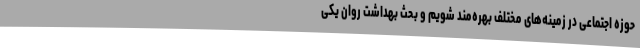
حوزه اجتماعی در زمینه‌های مختلف بهره‌مند شویم و بحث بهداشت روان یکی